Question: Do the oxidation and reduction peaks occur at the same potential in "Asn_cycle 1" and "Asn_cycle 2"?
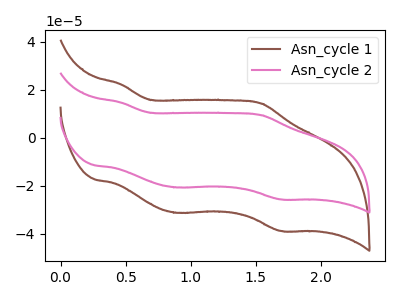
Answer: <think>The brown curve "Asn_cycle 1" has anodic peaks at (0.45V, 22.30uA) (1.55V, 14.30uA) and cathodic peaks at (0.90V, -31.20uA) (1.70V, -38.75uA). The pink curve "Asn_cycle 2" has anodic peaks at (0.45V, 14.70uA) (1.55V, 9.45uA) and cathodic peaks at (0.90V, -20.60uA) (1.70V, -25.60uA).</think>
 <answer>Yes, "Asn_cycle 1" have a peak in "Asn_cycle 2" at the same potential.</answer>
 <eval>match</eval>